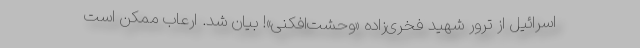
اسرائیل از ترور شهید فخری‌زاده «وحشت‌افکنی»! بیان شد. ارعاب ممکن است